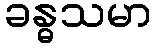
ခန္ဓသမာ